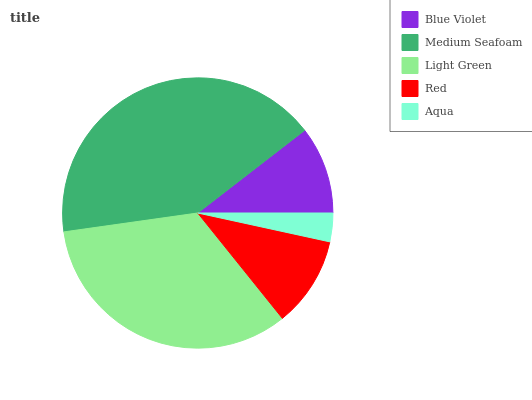
| Blue Violet | Medium Seafoam | Light Green | Red | Aqua |
 | --- | --- | --- | --- | --- |
 | 10.5% | 41.7% | 33.6% | 10.8% | 3.42% |